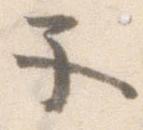
子